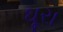
ઘૂરા